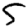
Digit: 5